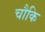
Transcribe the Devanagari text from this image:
चौकि